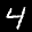
Label: 4